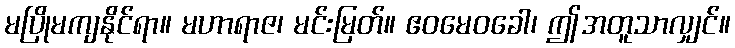
မပြိုမကျနိုင်ရာ။ မဟာရာဇ၊ မင်းမြတ်။ ဧဝမေဝခေါ၊ ဤအတူသာလျှင်။